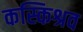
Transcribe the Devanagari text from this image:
कस्किश्रव